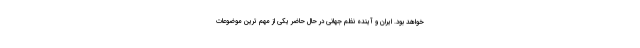
خواهد بود. ایران و آینده نظم جهانی در حال حاضر یکی از مهم ترین موضوعات